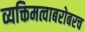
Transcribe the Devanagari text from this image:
व्यक्तिमत्वाबरोबरच